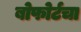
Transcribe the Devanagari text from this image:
बोफोर्टचा